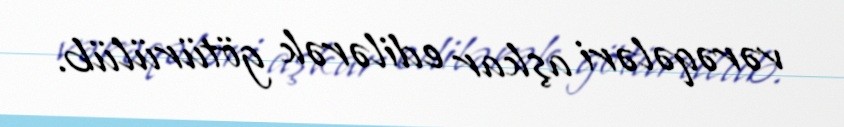
vərəqələri aşkar edilərək götürülüb.